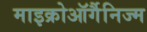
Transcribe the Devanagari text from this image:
माइक्रोऑर्गैनिज्म